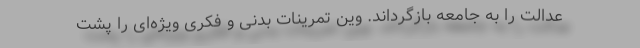
عدالت را به جامعه بازگرداند. وین تمرینات بدنی و فکری ویژه‌ای را پشت